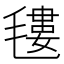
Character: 𣯫